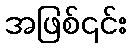
အဖြစ်၎င်း